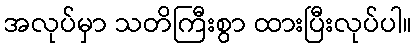
အလုပ်မှာ သတိကြီးစွာ ထားပြီးလုပ်ပါ။